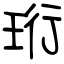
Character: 珩